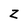
Character: Z